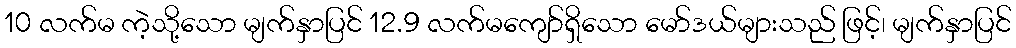
10 လက်မ ကဲ့သို့သော မျက်နှာပြင် 12.9 လက်မကျော်ရှိသော မော်ဒယ်များသည် ဖြင့်၊ မျက်နှာပြင်